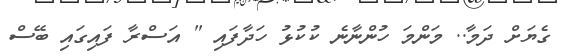
ގެޔަށް ދަމާ.. މަންމަ ހުންނާނެ ކުކުޅު ހަދާފައި " އަސްރާ ފައިގައި ބޭސް